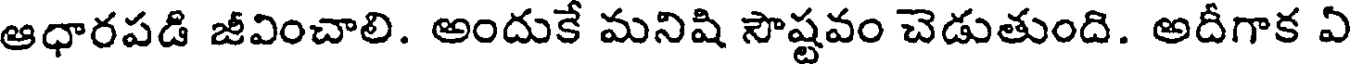
ఆధారపడి జీవించాలి. అందుకే మనిషి సౌష్టవం చెడుతుంది. అదీగాక ఏ